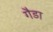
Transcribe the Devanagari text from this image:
गैडा